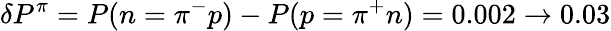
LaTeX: \delta P^{\pi}=P(n=\pi^{-}p)-P(p=\pi^{+}n)=0.002\to 0.03